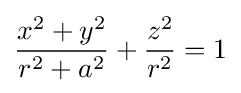
{\frac {x^{2}+y^{2}}{r^{2}+a^{2}}}+{\frac {z^{2}}{r^{2}}}=1